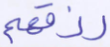
رزقهم